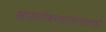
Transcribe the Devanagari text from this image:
खासगीकरणाविरोधातही